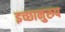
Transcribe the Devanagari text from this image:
इच्छानुरुप